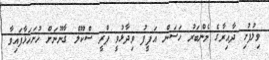
ވިލުފުށި ދާއިރާގެ މެންބަރު ހަސަން އަފީފު ވިދާޅުވީ ޕްރީ ސްކޫލް ގާނޫނަށް ހުށަހަޅާފައިވާ